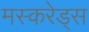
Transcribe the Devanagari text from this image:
मस्करेड्स